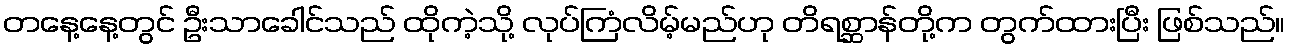
တနေ့နေ့တွင် ဦးသာခေါင်သည် ထိုကဲ့သို့ လုပ်ကြံလိမ့်မည်ဟု တိရစ္ဆာန်တို့က တွက်ထားပြီး ဖြစ်သည်။